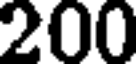
200